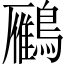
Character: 𪆒